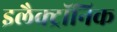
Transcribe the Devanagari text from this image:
इलैक्‍ट्रॉनिक